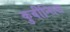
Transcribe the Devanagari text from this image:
कुबीन्सिस